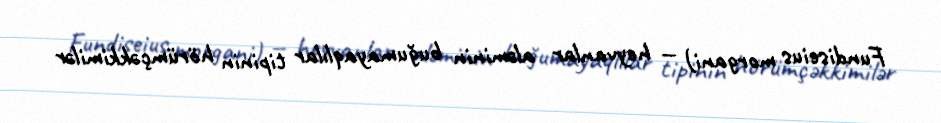
Fundiseius morgani) — heyvanlar aləminin buğumayaqlılar tipinin hörümçəkkimilər